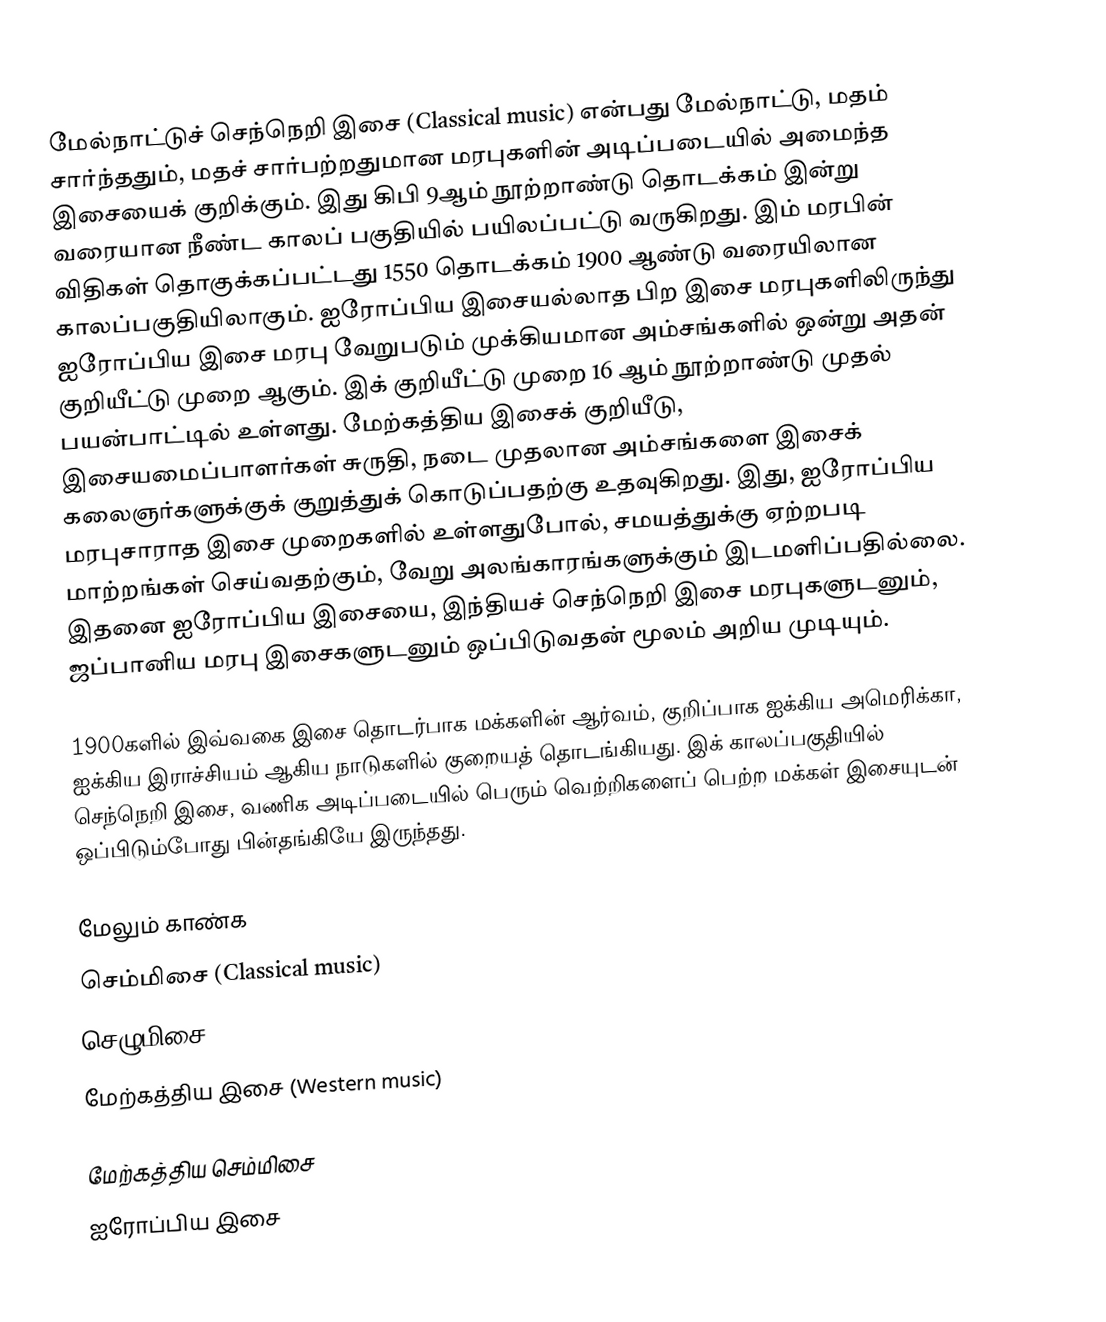
மேல்நாட்டுச் செந்நெறி இசை (Classical music) என்பது மேல்நாட்டு, மதம் சார்ந்ததும், மதச் சார்பற்றதுமான மரபுகளின் அடிப்படையில் அமைந்த இசையைக் குறிக்கும். இது கிபி 9ஆம் நூற்றாண்டு தொடக்கம் இன்று வரையான நீண்ட காலப் பகுதியில் பயிலப்பட்டு வருகிறது. இம் மரபின் விதிகள் தொகுக்கப்பட்டது 1550 தொடக்கம் 1900 ஆண்டு வரையிலான காலப்பகுதியிலாகும். ஐரோப்பிய இசையல்லாத பிற இசை மரபுகளிலிருந்து ஐரோப்பிய இசை மரபு வேறுபடும் முக்கியமான அம்சங்களில் ஒன்று அதன் குறியீட்டு முறை ஆகும். இக் குறியீட்டு முறை 16 ஆம் நூற்றாண்டு முதல் பயன்பாட்டில் உள்ளது. மேற்கத்திய இசைக் குறியீடு, இசையமைப்பாளர்கள் சுருதி, நடை முதலான அம்சங்களை இசைக் கலைஞர்களுக்குக் குறுத்துக் கொடுப்பதற்கு உதவுகிறது. இது, ஐரோப்பிய மரபுசாராத இசை முறைகளில் உள்ளதுபோல், சமயத்துக்கு ஏற்றபடி மாற்றங்கள் செய்வதற்கும், வேறு அலங்காரங்களுக்கும் இடமளிப்பதில்லை. இதனை ஐரோப்பிய இசையை, இந்தியச் செந்நெறி இசை மரபுகளுடனும், ஜப்பானிய மரபு இசைகளுடனும் ஒப்பிடுவதன் மூலம் அறிய முடியும்.

1900களில் இவ்வகை இசை தொடர்பாக மக்களின் ஆர்வம், குறிப்பாக ஐக்கிய அமெரிக்கா, ஐக்கிய இராச்சியம் ஆகிய நாடுகளில் குறையத் தொடங்கியது. இக் காலப்பகுதியில் செந்நெறி இசை, வணிக அடிப்படையில் பெரும் வெற்றிகளைப் பெற்ற மக்கள் இசையுடன் ஒப்பிடும்போது பின்தங்கியே இருந்தது.

மேலும் காண்க
 செம்மிசை (Classical music)
 செழுமிசை (Folk music)
 மேற்கத்திய இசை (Western music)

மேற்கத்திய செம்மிசை
ஐரோப்பிய இசை